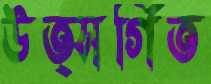
উত্সর্গিত